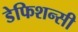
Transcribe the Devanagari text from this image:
डेफिशन्सी